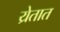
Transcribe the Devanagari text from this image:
य्रेतात